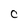
Character: C